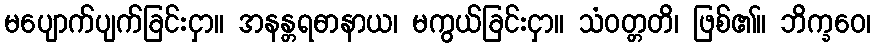
မပျောက်ပျက်ခြင်းငှာ။ အနန္တရဓာနာယ၊ မကွယ်ခြင်းငှာ။ သံဝတ္တတိ၊ ဖြစ်၏။ ဘိက္ခဝေ၊